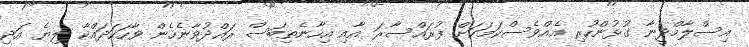
އިސްލާމްދީނާ ގުޅުންހުރި އެއްވެސްކަމަކަށް ފުރައްސާރަ އާއި އިހާނެތިބަސް ރައްދުވާނެހެން ވާހަކަދައްކާ ލިޔެ އަދި